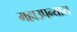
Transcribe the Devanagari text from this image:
महाउपन्यास